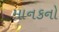
માનકનો